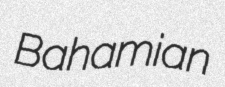
Bahamian